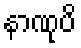
နာဏုပိ